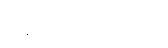
ပြန်ထွက်သွားသည်။